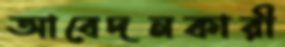
আবেদনকারী